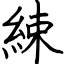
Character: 綀